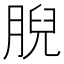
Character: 腉